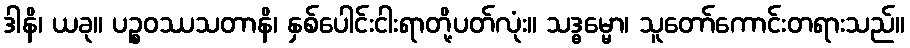
ဒါနိ၊ ယခု။ ပဉ္စဝဿသတာနိ၊ နှစ်ပေါင်းငါးရာတို့ပတ်လုံး။ သဒ္ဓမ္မော၊ သူတော်ကောင်းတရားသည်။